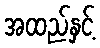
အထည်နှင့်